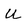
Character: U